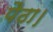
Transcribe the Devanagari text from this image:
पैठा।